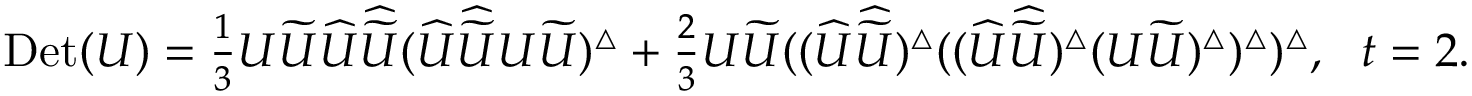
\begin{array} { r } { \! \! \! \! \! \! \! \mathrm { D e t } ( U ) = \frac { 1 } { 3 } U \widetilde { U } \widehat { U } \widehat { \widetilde { U } } ( \widehat { U } \widehat { \widetilde { U } } U \widetilde { U } ) ^ { \bigtriangleup } + \frac { 2 } { 3 } U \widetilde { U } ( ( \widehat { U } \widehat { \widetilde { U } } ) ^ { \bigtriangleup } ( ( \widehat { U } \widehat { \widetilde { U } } ) ^ { \bigtriangleup } ( U \widetilde { U } ) ^ { \bigtriangleup } ) ^ { \bigtriangleup } ) ^ { \bigtriangleup } , \, \, \, \, t = 2 . } \end{array}